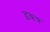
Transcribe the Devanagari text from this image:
इकत्र